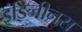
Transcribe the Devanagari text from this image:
इंडिजीनस